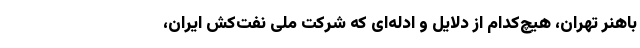
باهنر تهران، هیچ‌کدام از دلایل و ادله‌ای که شرکت ملی نفت‌کش ایران،